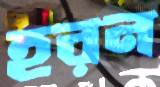
হরন